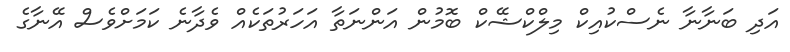
އަދި ބަނާނާ ނެސްކުއިކް މިލްކްޝޭކް ބޮމުން އަންނަތާ އަހަރުތަކެއް ވެދާނެ ކަމަށްވެސް އޭނާގެ